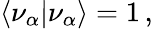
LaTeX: \langle\nu_{\alpha}|\nu_{\alpha}\rangle=1\, ,